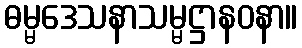
ဓမ္မဒေသနာသမ္မဋ္ဌာနဝနာ။